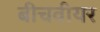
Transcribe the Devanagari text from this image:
बीचवीयर